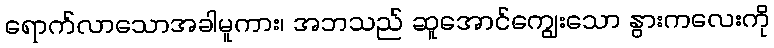
ရောက်လာသောအခါမူကား၊ အဘသည် ဆူအောင်ကျွေးသော နွားကလေးကို